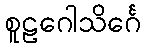
စူဠဂေါသိင်္ဂေ